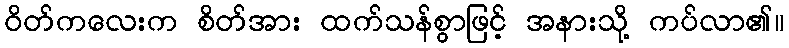
ဝိတ်ကလေးက စိတ်အား ထက်သန်စွာဖြင့် အနားသို့ ကပ်လာ၏။